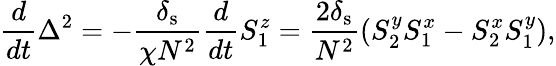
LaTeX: \frac{d}{dt}\Delta^{2}=-\frac{\delta_{\mathrm{s}}}{\chi N^{2}}\frac{d}{dt}S_{1}^{z}=\frac{2\delta_{\mathrm{s}}}{N^{2}}(S_{2}^{y}S_{1}^{x}-S_{2}^{x}S_{1}^{y}),